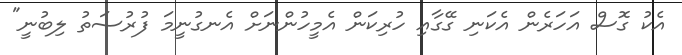
އެކު ގޮސް އަހަރެން އެކަނި ގޭގާއި ހުރިކަން އެމީހުންނަށް އެނގުނީމަ ފުރުސަތު ލިބުނީ"